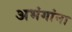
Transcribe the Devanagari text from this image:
अभंगांना